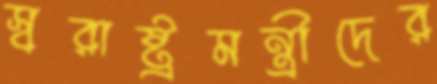
স্বরাষ্ট্রমন্ত্রীদের